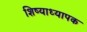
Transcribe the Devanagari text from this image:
शिष्याध्यापक